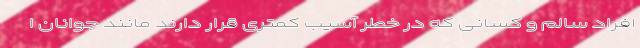
افراد سالم و کسانی که در خطر آسیب کمتری قرار دارند مانند جوانان ا